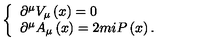
\left\{ \begin{array} { l } { \partial ^ { \mu } V _ { \mu } \left( x \right) = 0 } \\ { \partial ^ { \mu } A _ { \mu } \left( x \right) = 2 m i P \left( x \right) . } \\ \end{array} \right.